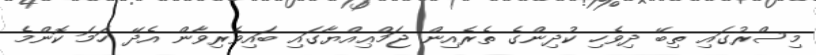
މިސްރުގައި ތިބޭ ދިވެހި ކުދިންގެ ތެރެއިން ޖަމްޢިއްޔާގައި ބައިވެރިވާން އެދޭ ހަމަ ކޮންމެ